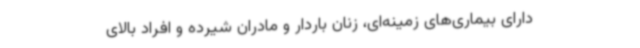
دارای بیماری‌های زمینه‌ای، زنان باردار و مادران شیرده و افراد بالای